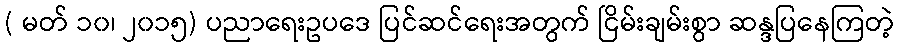
( မတ် ၁၀၊ ၂၀၁၅) ပညာရေးဥပဒေ ပြင်ဆင်ရေးအတွက် ငြိမ်းချမ်းစွာ ဆန္ဒပြနေကြတဲ့